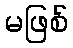
မဖြစ်